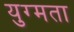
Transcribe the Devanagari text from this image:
युग्मता